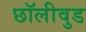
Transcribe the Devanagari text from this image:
छॉलीवुड